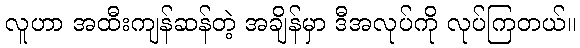
လူဟာ အထီးကျန်ဆန်တဲ့ အချိန်မှာ ဒီအလုပ်ကို လုပ်ကြတယ်။